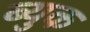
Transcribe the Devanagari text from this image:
ब्युक